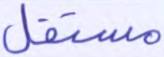
مستقل